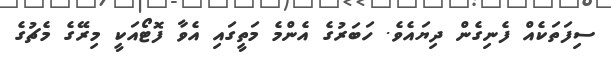
ސިފަތަކެއް ފެނިގެން ދިޔައެވެ. ހަބަރުގެ އެންމެ މަތީގައި އެވާ ފޮޓޯއަކީ މިރޭގެ މެޗުގެ